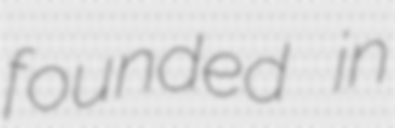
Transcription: founded in